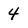
Character: 4